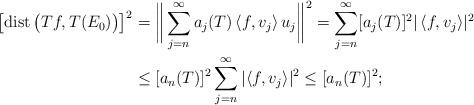
LaTeX: \begin{align*} \big[{\rm dist}\, \big(T f, T( E_0) \big) \big]^2 & = \bigg\Vert \sum_{j = n}^\infty a_j (T) \, \langle f, v_j \rangle \, u_j \bigg\Vert^2 = \sum_{j = n}^\infty [a_{j} (T)]^{2}| \, \langle f, v_j \rangle|^2 \\& \leq [a_{n} (T)]^{2} \sum_{j = n}^\infty | \langle f, v_j\rangle|^2 \leq [a_{n} (T)]^{2} ;\end{align*}